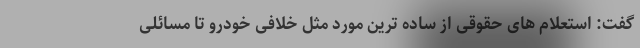
گفت: استعلام های حقوقی از ساده ترین مورد مثل خلافی خودرو تا مسائلی